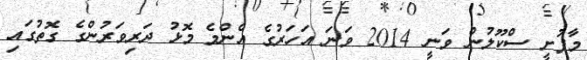
މާފުށީ ސްކޫލުން ވަނީ 2014 ވަނަ އަހަރުގެ އެންމެ މޮޅު ދަރިވަރުންގެ ގޮތުގައި